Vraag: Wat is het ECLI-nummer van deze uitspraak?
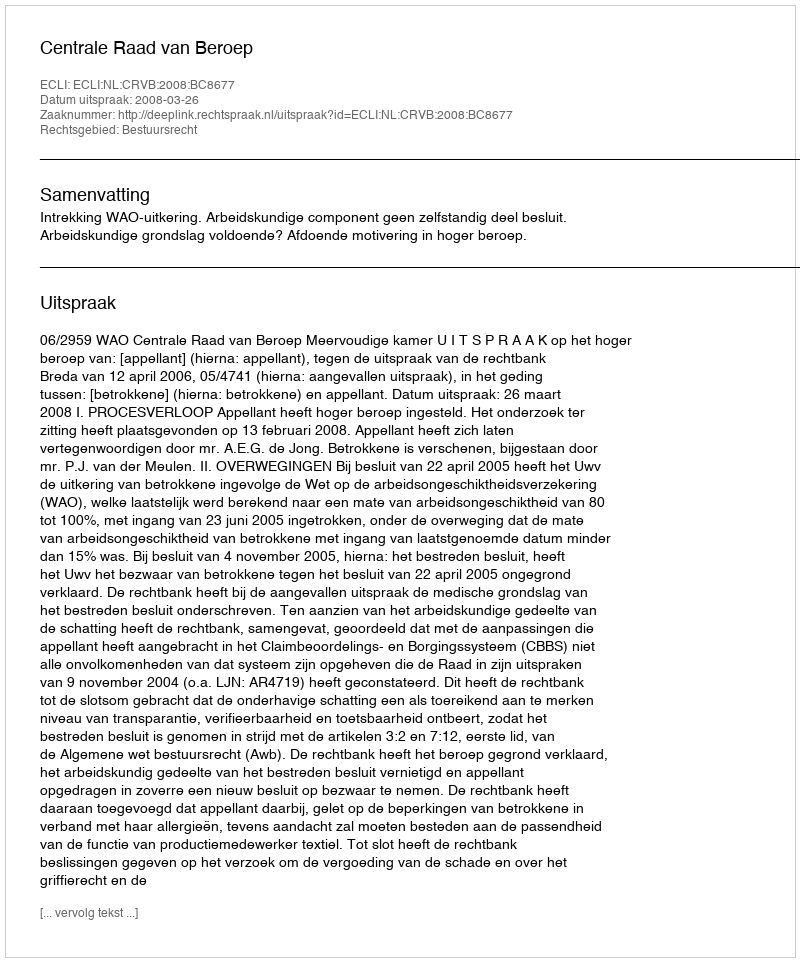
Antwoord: ECLI:NL:CRVB:2008:BC8677